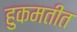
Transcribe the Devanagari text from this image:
हुकमतीत